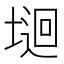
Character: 𡏁